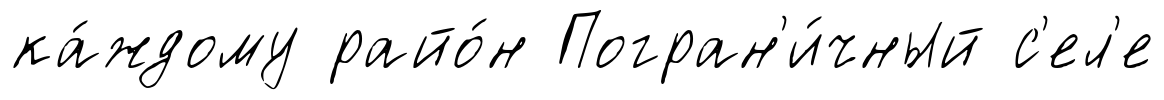
ка́ждому райо́н Погран'и́чный с'ел'е